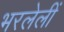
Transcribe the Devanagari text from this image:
भरलेलीं